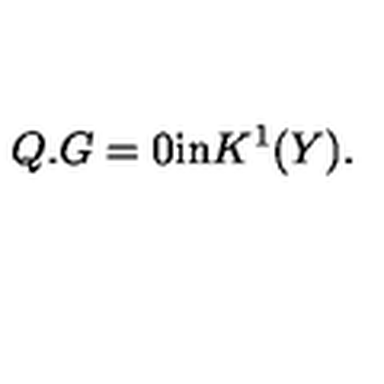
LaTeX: Q . G = 0 \mathrm { i n } K ^ { 1 } ( Y ) .